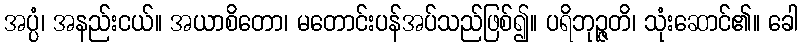
အပ္ပံ၊ အနည်းငယ်။ အယာစိတော၊ မတောင်းပန်အပ်သည်ဖြစ်၍။ ပရိဘုဉ္ဇတိ၊ သုံးဆောင်၏။ ခေါ